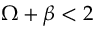
\Omega + \beta < 2